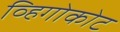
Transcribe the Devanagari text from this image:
व्हिगोकोट